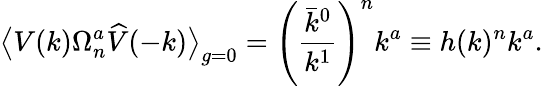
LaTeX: \big\langle V(k)\Omega_{n}^{a}\widehat{V}(-k)\big\rangle_{g=0}=\left(\frac{\bar{k}^{0}}{k^{1}}\right)^{n}k^{a}\equiv h(k)^{n}k^{a}.